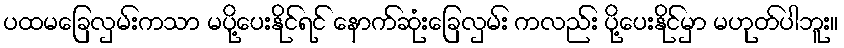
ပထမခြေလှမ်းကသာ မပို့ပေးနိုင်ရင် နောက်ဆုံးခြေလှမ်း ကလည်း ပို့ပေးနိုင်မှာ မဟုတ်ပါဘူး။